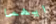
ايهما